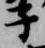
子